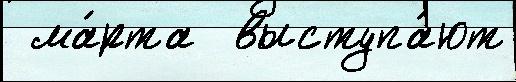
 ма́рта  выступа́ют